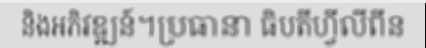
និងអភិវឌ្ឍន៍។ប្រធានា ធិបតីហ្វីលីពីន